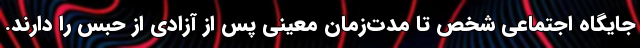
جایگاه اجتماعی شخص تا مدت‌زمان معینی پس از آزادی از حبس را دارند.